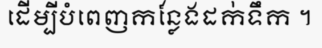
ដើម្បីបំពេញកន្លែងដក់ទឹក ។